Indian journal of veterinary science and animal husbandry - Volume 6,
Year: 1936
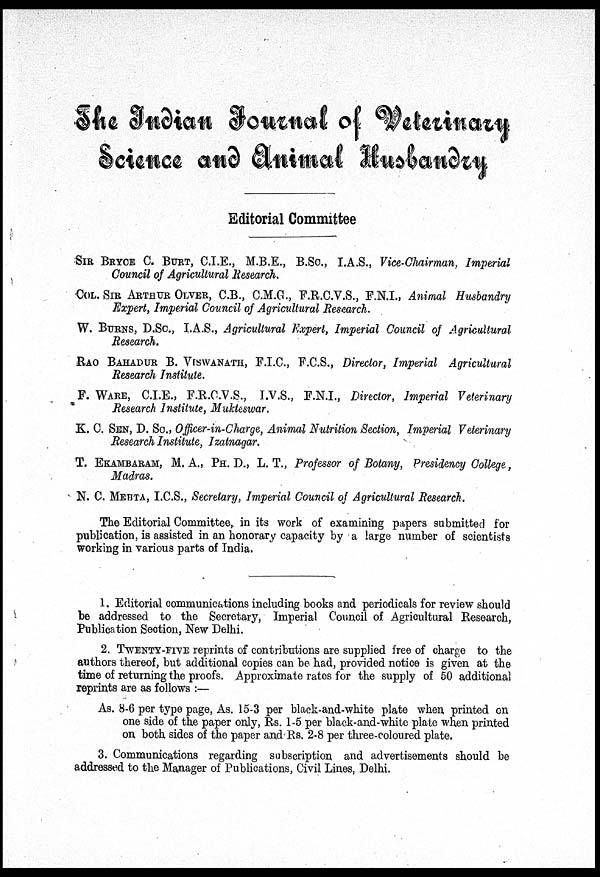
The Indian Journal of Veterinary
Science and Animal Husbandry
Editorial Committee
SIR BRYCE C. BURT, C.I.E., M.B.E., B.Sc., I.A.S., Vice-Chairman, Imperial
Council of Agricultural Research.
COL. SIR ARTHUR OLVER, C.B., C.M.G., F.R.C.V.S., F.N.I., Animal Husbandry
Expert, Imperial Council of Agricultural Research.
W. BURNS, D.Sc., I.A.S., Agricultural Expert, Imperial Council of Agricultural
Research.
RAO BAHADUR B. VISWANATH, F.I.C., F.C.S., Director, Imperial Agricultural
Research Institute.
F. WARE, C.I.E., F.R.C.V.S., I.V.S., F.N.I., Director, Imperial Veterinary
Research Institute, Mukteswar.
K. C. SEN, D. Sc., Officer-in-Charge, Animal Nutrition Section, Imperial Veterinary
Research Institute, Izatnagar.
T. EKAMBARAM, M. A., PH. D., L. T., Professor of Botany, Presidency College,
Madras.
N. C. MEHTA, I.C.S., Secretary, Imperial Council of Agricultural Research.
The Editorial Committee, in its work of examining papers submitted for
publication, is assisted in an honorary capacity by a large number of scientists
working in various parts of India.
1. Editorial communications including books and periodicals for review should
be addressed to the Secretary, Imperial Council of Agricultural Research,
Publication Section, New Delhi.
2. TWENTY-FIVE reprints of contributions are supplied free of charge to the
authors thereof, but additional copies can be had, provided notice is given at the
time of returning the proofs. Approximate rates for the supply of 50 additional
reprints are as follows :—
As. 8-6 per type page, As. 15-3 per black-and-white plate when printed on
one side of the paper only, Rs. 1-5 per black-and-white plate when printed
on both sides of the paper and Rs. 2-8 per three-coloured plate.
3. Communications regarding subscription and advertisements should be
addressed to the Manager of Publications, Civil Lines, Delhi.